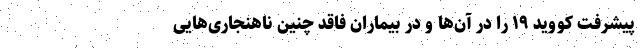
پیشرفت کووید ۱۹ را در آن‌ها و در بیماران فاقد چنین ناهنجاری‌هایی